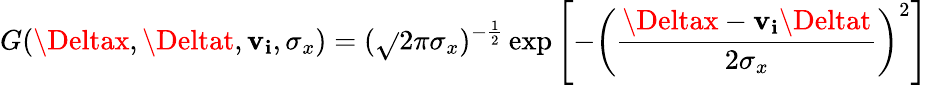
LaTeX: G(\Deltax,\Deltat,\mathbf{v}_{\mathbf{i}},\sigma_{x})=(\sqrt{}{{2\pi}}\sigma_{x})^{-\frac{{1}}{{2}}}\exp\left[-\left(\frac{{\Deltax-\mathbf{v}_{\mathbf{i}}\Deltat}}{{2\sigma_{x}}}\right)^{2}\right]